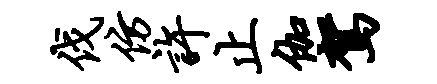
伐仿许止伽驾